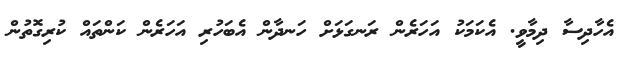
އެހާދިސާ ދިމާވީ. އެކަމަކު އަހަރެން ރަނގަޅަށް ހަނދާން އެބަހުރި އަހަރެން ކަންތައް ކުރިގޮތުން